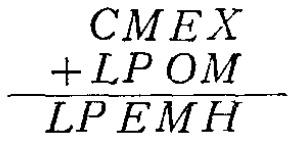
\[

\begin{array}{r}

C M E X \\

+ L P O M \\

\hline

L P E M H

\end{array}

\]